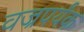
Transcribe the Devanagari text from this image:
वज्रपर्यंक